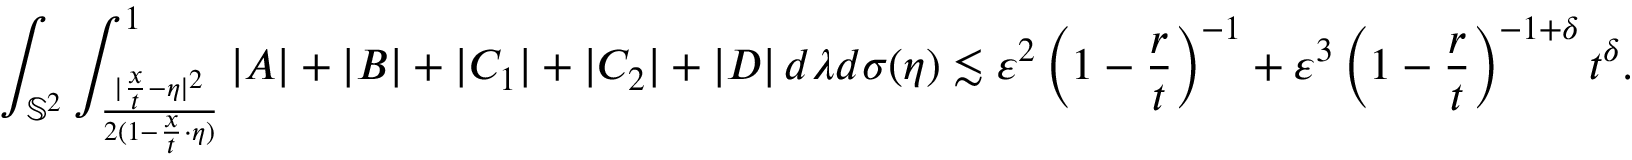
\int _ { \mathbb { S } ^ { 2 } } \int _ { \frac { | \frac x t - \eta | ^ { 2 } } { 2 ( 1 - \frac x t \cdot \eta ) } } ^ { 1 } | A | + | B | + | C _ { 1 } | + | C _ { 2 } | + | D | \, d \lambda d \sigma ( \eta ) \lesssim \varepsilon ^ { 2 } \left( 1 - \frac r t \right) ^ { - 1 } + \varepsilon ^ { 3 } \left( 1 - \frac r t \right) ^ { - 1 + \delta } t ^ { \delta } .